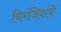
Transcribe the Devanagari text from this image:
चिरंजिवांचे